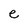
Character: e